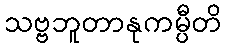
သဗ္ဗဘူတာနုကမ္ပီတိ